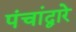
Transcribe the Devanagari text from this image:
पंचांद्वारे